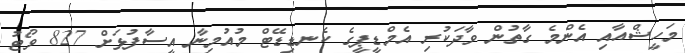
މަހީޝްއާއި އެންމެ ގާތުން ވާދަކުރި އެމްޑީޕީގެ ކެނޑިޑޭޓް މުއުމިނާ އީސާފުޅަށް 827 ވޯޓު